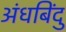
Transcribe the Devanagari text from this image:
अंधबिंदु